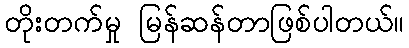
တိုးတက်မှု မြန်ဆန်တာဖြစ်ပါတယ်။